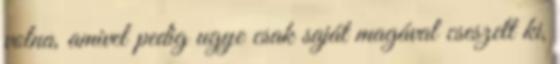
volna, amivel pedig ugye csak saját magával cseszett ki,